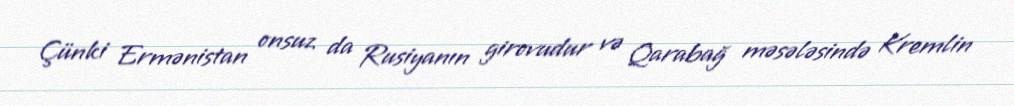
Çünki Ermənistan onsuz da Rusiyanın girovudur və Qarabağ məsələsində Kremlin